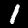
Digit: 1